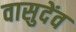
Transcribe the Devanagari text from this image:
वासुदेंव